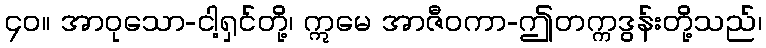
၄၀။ အာဝုသော-ငါ့ရှင်တို့၊ ဣမေ အာဇီဝကာ-ဤတက္ကဒွန်းတို့သည်၊